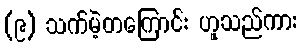
(၉) သက်မဲ့တကြောင်း ဟူသည်ကား